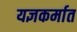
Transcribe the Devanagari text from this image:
यज्ञकर्मात